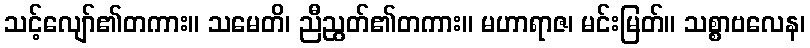
သင့်လျော်၏တကား။ သမေတိ၊ ညီညွတ်၏တကား။ မဟာရာဇ၊ မင်းမြတ်။ သစ္စာဗလေန၊